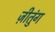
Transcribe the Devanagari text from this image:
ज़ीतुंग